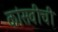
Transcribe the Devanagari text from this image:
कांसवीची